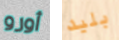
أورو بليد